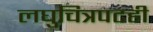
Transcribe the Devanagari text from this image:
लघुचित्रपटही